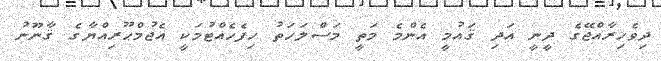
ދިވެހިރާއްޖޭގެ ދީނީ އަދި ޤައުމީ އެންމެ މަތީ މަސްލަހަތު ހިފެހެއްޓުމަކީ އެޖުމްޙޫރިއްޔާގެ ޤާނޫނު